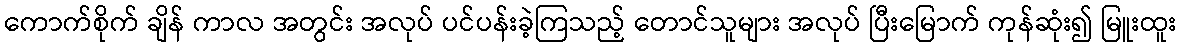
ကောက်စိုက် ချိန် ကာလ အတွင်း အလုပ် ပင်ပန်းခဲ့ကြသည့် တောင်သူများ အလုပ် ပြီးမြောက် ကုန်ဆုံး၍ မြူးထူး